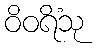
ဝိဝရိံသု